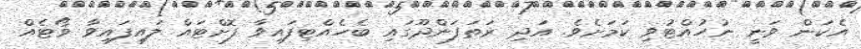
އެކަން ވަނީ ނުހުއްޓުވި ކަމަށެވެ. އަދި ރަތަފަންދޫގައި ބެހެއްޓިފައިވާ ފޮށްޓައް ލައިފައިވާ ޥޯޓެއް